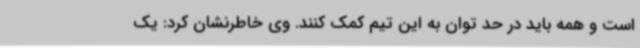
است و همه باید در حد توان به این تیم کمک کنند. وی خاطرنشان کرد: یک